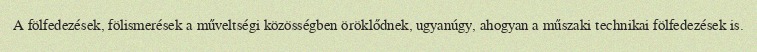
A fölfedezések, fölismerések a műveltségi közösségben öröklődnek, ugyanúgy, ahogyan a műszaki technikai fölfedezések is.